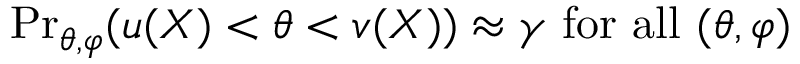
{ \operatorname* { P r } } _ { \theta , \varphi } ( u ( X ) < \theta < v ( X ) ) \approx \gamma { \mathrm { ~ f o r ~ a l l ~ } } ( \theta , \varphi )